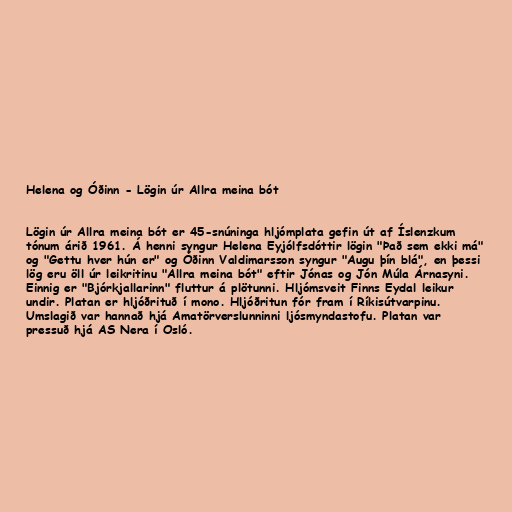
Helena og Óðinn - Lögin úr Allra meina bót

Lögin úr Allra meina bót er 45-snúninga hljómplata gefin út af Íslenzkum
tónum árið 1961. Á henni syngur Helena Eyjólfsdóttir lögin "Það sem ekki má"
og "Gettu hver hún er" og Óðinn Valdimarsson syngur "Augu þín blá", en þessi
lög eru öll úr leikritinu "Allra meina bót" eftir Jónas og Jón Múla Árnasyni.
Einnig er "Bjórkjallarinn" fluttur á plötunni. Hljómsveit Finns Eydal leikur
undir. Platan er hljóðrituð í mono. Hljóðritun fór fram í Ríkisútvarpinu.
Umslagið var hannað hjá Amatörverslunninni ljósmyndastofu. Platan var
pressuð hjá AS Nera í Osló.